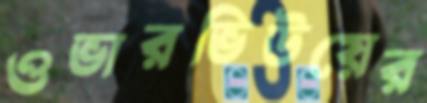
ওভারভিউয়ের